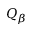
Q _ { \beta }